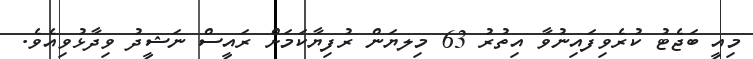
މިއީ ބަޖެޓު ކުރެވިފައިނުވާ އިތުރު 63 މިލޔަން ރުފިޔާކަމަށް ރައީސް ނަޝީދު ވިދާޅުވިއެވެ.